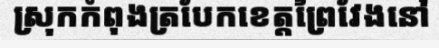
ស្រុកកំពុងត្របែកខេត្តព្រៃវែងនៅ